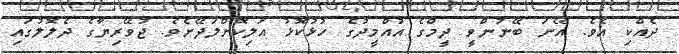
ދެއްކި އެވެ. އޭނަ ބޭނުންވީ ދީމްގެ އުއްމީދުގެ ހުޅުކޮޅު އަލިކޮށްލަދޭށެވެ. ޖުވޭރިޔާގެ ދެލޮލުގައި